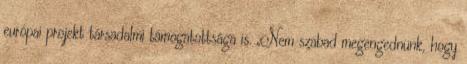
európai projekt társadalmi támogatottsága is. „Nem szabad megengednünk, hogy